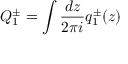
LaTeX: Q _ { 1 } ^ { \pm } = \int { \frac { d z } { 2 \pi i } } q _ { 1 } ^ { \pm } ( z )